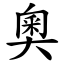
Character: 奧